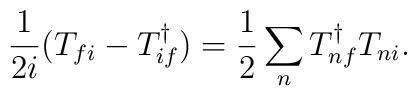
\frac{1}{2i}(T_{fi}-T^\dagger_{if})=\frac{1}{2}\sum_nT^\dagger_{nf}T_{ni}.